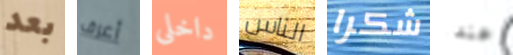
بعد أعرف داخلى الناس شكرا عندا